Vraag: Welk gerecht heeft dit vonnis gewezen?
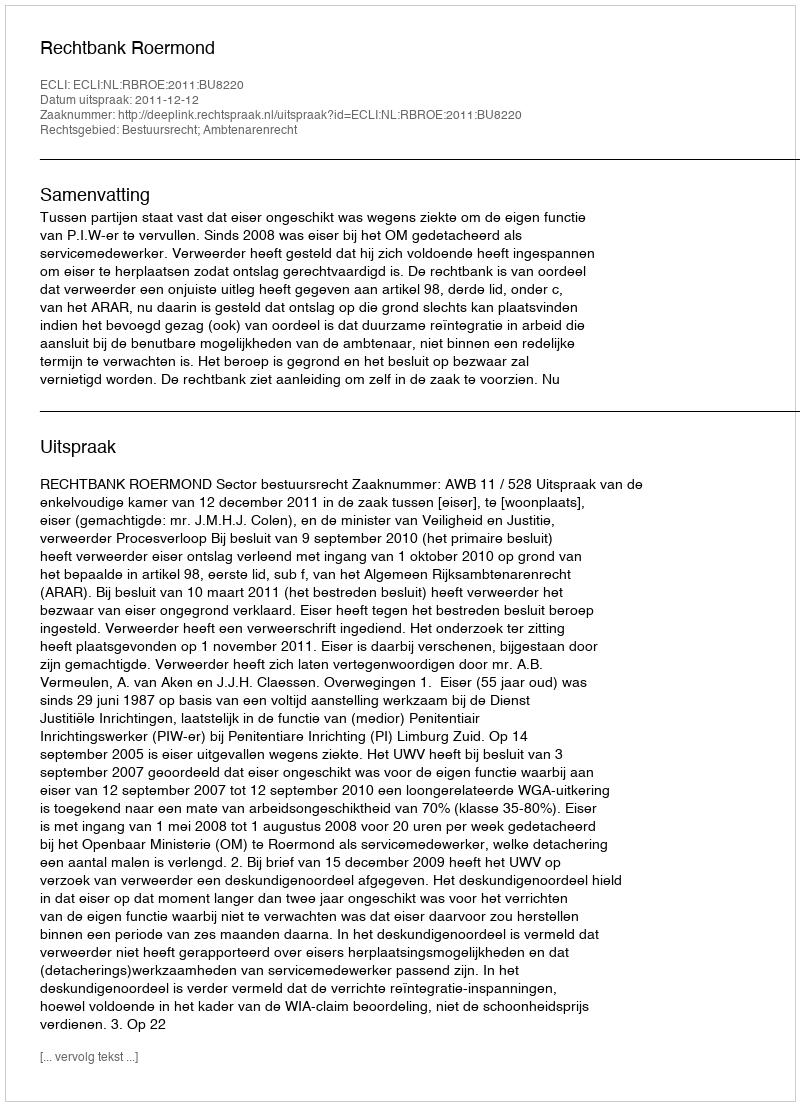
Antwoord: Rechtbank Roermond